Tezpur Lunatic Asylum reports 1895-1904 - 1895-1904
Year: 1895
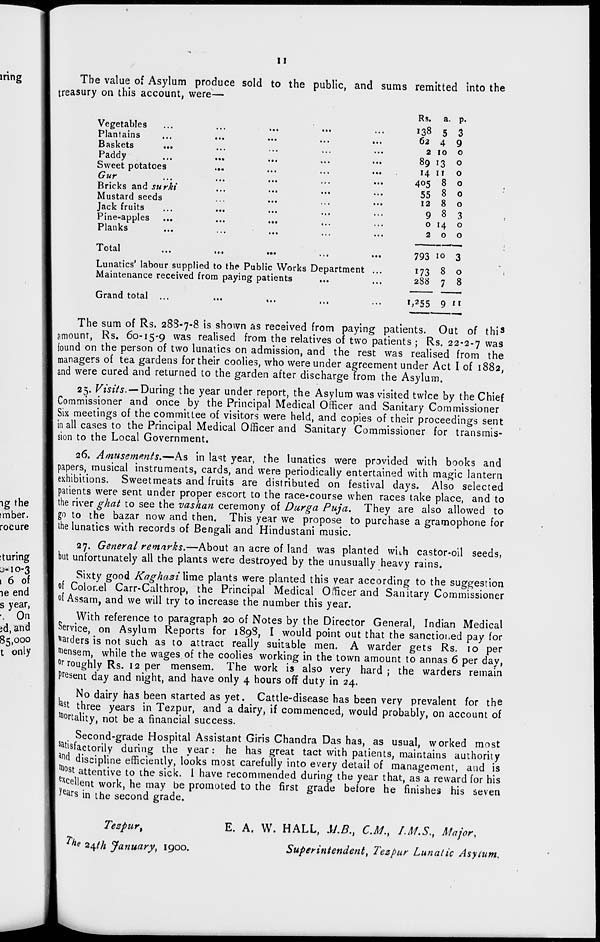
II
The value of Asylum produce sold to the public, and sums remitted into the
treasury on this account, were—
Vegetables
Plantains
Baskets
Paddy
Sweet potatoes
Gur
Bricks and surki
Mustard seeds
Jack fruits
Pine-apples
Planks
Total
Lunatics' labour supplied to the Public Works Department ...
Maintenance received from paying patients
Grand total ...
...
,..
Ks. a. p.
138
62
5
4
3
9
2 10 0
89 13 0
14 11 0
405
55
12
8
8
8
0
0
0
9 8 3
0 H 0
2 0 0
793 10 3
173
288
8
7
0
8
», 2 55 9 'i
The sum of Rs. 288-7-8 is shown as received from paying patients. Out of thi s
amount, Rs. 60-15-9 was realised from the relatives of two patients ; Rs. 22-2-7 was
found on the person of two lunatics on admission, and the rest was realised from the
managers of tea gardens for their coolies, who were under agreement under Act I of 1882,
and were cured and returned to the garden after discharge from the Asylum.
25. Visits. — During the year under report, the Asylum was visited twice by the Chief
Commissioner and once by the Principal Medical Officer and Sanitary Commissioner
Six meetings of the committee of visitors were held, and copies of their proceedings sent
in all cases to the Principal Medical Officer and Sanitary Commissioner for transmis-
sion to the Local Government.
26. Amusements.—As in last year, the lunatics were provided with books and
papers, musical instruments, cards, and were periodically entertained with magic lantern
exhibitions. Sweetmeats and fruits are distributed on festival days. Also selected
patients were sent under proper escort to the race-course when races take place, and to
the river ghat to see the vashan ceremony of Durga Puja. They are also allowed to
go to the bazar now and then. This year we propose to purchase a gramophone for
the lunatics with records of Bengali and Hindustani music.
27. General remarks.—About an acre of land was planted with castor-oil seeds,
but unfortunately all the plants were destroyed by the unusually heavy rains.
Sixty good KaghaziXxme plants were planted this vear according to the suggestion
of Color.el Carr-Calthrop, the Principal Medical Officer and Sanitary Commissioner
of Assam, and we will try to increase the number this year.
With reference to paragraph 20 of Notes by the Director General, Indian Medical
Service, on Asylum Reports for 1898, I would point out that the sanctioned pay for
larders is not such as to attract really suitable men. A warder gets Rs. 10 per
Mensem, while the wages of the coolies working in the town amount to annas 6 per day,
or roughly Rs. 12 per mensem. The work is also very hard ; the warders remain
present day and night, and have only 4 hours off duty in 24.
No dairy has been started as yet. Cattle-disease has been very prevalent for the
' as t three years in Tezpur, and a dairy, if commenced, would probably, on account of
Mortality, not be a financial success.
Second-grade Hospital Assistant Giris Chandra Das has, as usual, worked most
satisfactorily during the year: he has great tact with patients, maintains authority
an( l discipline efficiently, looks most carefully into every detail of management, and is
"tost attentive to the sick. I have recommended during the year that, as a reward for his
exc ellent work, he may be promoted to the first grade before he finishes his seven
^e ar s in the second grade.
Tezpur;
*he 24th January, 1900.
E. A. W. HALL, M.B., CM., I.M.S., Major,
Superintendent, Tezpur Lunatic Asyium.